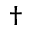
{ \dagger }